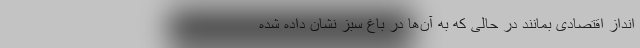
انداز اقتصادی بمانند در حالی که به آن‌ها در باغ سبز نشان داده شده